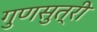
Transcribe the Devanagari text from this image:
गुणसुत्री